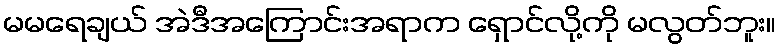
မမရေချယ် အဲဒီအကြောင်းအရာက ရှောင်လို့ကို မလွတ်ဘူး။